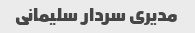
مدیری سردار سلیمانی